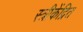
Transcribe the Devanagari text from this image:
स्त्रीकेंद्रित